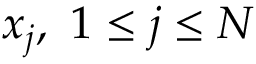
x _ { j } , \ 1 \leq j \leq N